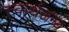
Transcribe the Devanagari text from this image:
स्वार्थजन्य